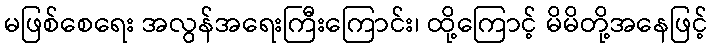
မဖြစ်စေရေး အလွန်အရေးကြီးကြောင်း၊ ထို့ကြောင့် မိမိတို့အနေဖြင့်